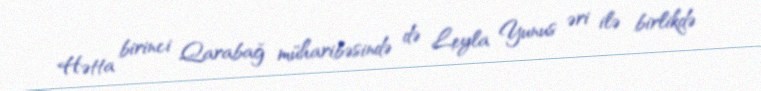
Hətta birinci Qarabağ müharibəsində də Leyla Yunus əri ilə birlikdə